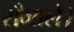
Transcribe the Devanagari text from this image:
सँभाले।